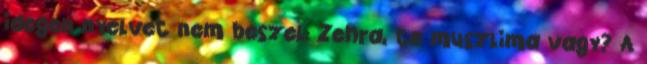
idegen nyelvet nem beszel: Zehra, te muszlima vagy? A